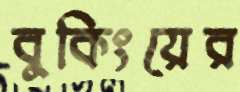
বুকিংয়ের